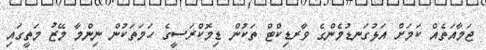
ޖަމާއަތެއް ކަމަށް އަޅުގަނޑުމެންގެ ވާރޑިކްޓް ތަކުން ޑިމޮކްރަސީގެ ހަމަތަކުން ނިންމާ މޭޒު މަތީގައި